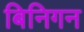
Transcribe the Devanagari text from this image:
बिनिगन